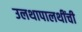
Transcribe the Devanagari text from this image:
उलथापालथींची